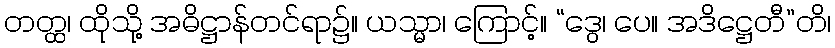
တတ္ထ၊ ထိုသို့ အဓိဋ္ဌာန်တင်ရာ၌။ ယသ္မာ၊ ကြောင့်။ “ဒွေ၊ ပေ။ အဒိဋ္ဌေတီ”တိ၊